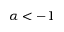
\alpha < - 1